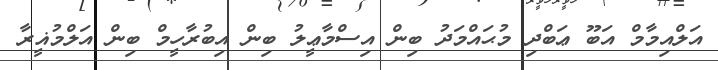
އަލްއިމާމް އަބޫ ޢަބްދި މުޙައްމަދު ބިން އިސްމާޢީލު ބިން އިބުރާހީމް ބިން އަލްމުޣީރާ